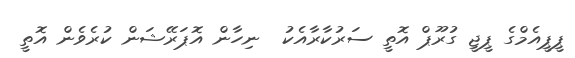
ޕީޕީއެމްގެ ޕީޖީ ގުރޫޕް އޮތީ ސަރުކާރާއެކު  ނިހާން އޮޕަރޭޝަން ކުރެވެން އޮތީ